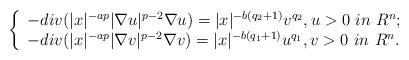
LaTeX: \begin{align*} \left \{ \begin{array}{l} -div(|x|^{-ap}|\nabla u|^{p-2}\nabla u)=|x|^{-b(q_2+1)}v^{q_2}, u>0~in ~R^n;\\ -div(|x|^{-ap}|\nabla v|^{p-2}\nabla v)=|x|^{-b(q_1+1)}u^{q_1}, v>0~in ~R^n. \end{array} \right.\end{align*}